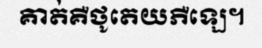
គាត់គឺថូតេយភឺឡេ។